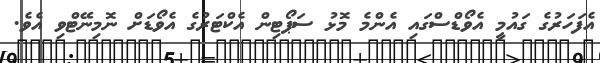
އެފަހަރުގެ ގައުމީ އެވޯޑްސްގައި އެންމެ މޮޅު ސަޕޯޓިން އެކްޓަރުގެ އެވޯޑަށް ނޮމިނޭޓްވި އެވެ.